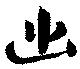
幽